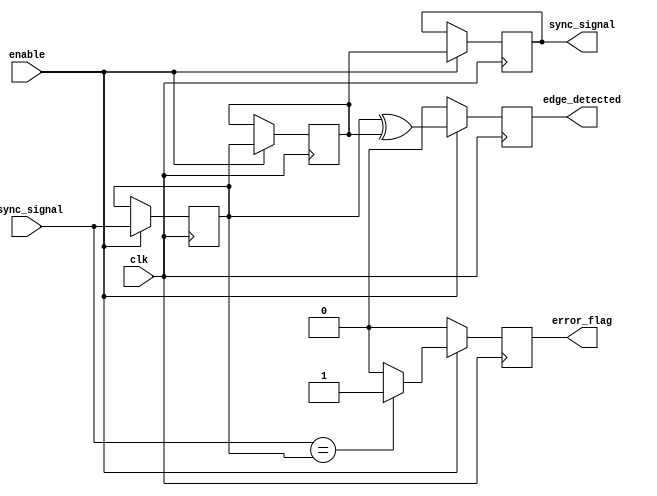
module async_to_sync_converter (
    input wire clk,                  // Synchronous clock
    input wire async_signal,         // Asynchronous input signal
    input wire enable,               // Enable signal for the detection process
    output reg sync_signal,          // Synchronized output signal
    output reg edge_detected,        // Edge detected output
    output reg error_flag            // Error flag for synchronization issues
);

    // Internal signals
    reg async_signal_d1;             // Delayed asynchronous signal
    reg async_signal_d2;             // Second delayed asynchronous signal

    // Dual flip-flop synchronizer
    always @(posedge clk) begin
        if (enable) begin
            async_signal_d1 <= async_signal; // First stage of synchronization
            async_signal_d2 <= async_signal_d1; // Second stage of synchronization
        end
    end

    // Synchronized output signal
    always @(posedge clk) begin
        if (enable) begin
            sync_signal <= async_signal_d2; // Output the synchronized signal
        end
    end

    // Edge detection logic
    always @(posedge clk) begin
        if (enable) begin
            edge_detected <= (async_signal_d1 ^ async_signal_d2); // Detect edge
        end else begin
            edge_detected <= 1'b0; // Clear edge detected when not enabled
        end
    end

    // Error handling logic
    always @(posedge clk) begin
        if (enable) begin
            // Simple timeout condition for error detection (example)
            // Here we could implement a timeout counter if needed
            // For demonstration, we set an error flag if the signal is stuck
            if (async_signal == async_signal_d1) begin
                error_flag <= 1'b1; // Set error flag if signal is stuck
            end else begin
                error_flag <= 1'b0; // Clear error flag otherwise
            end
        end else begin
            error_flag <= 1'b0; // Clear error flag when not enabled
        end
    end

endmodule